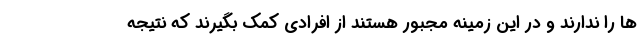
ها را ندارند و در این زمینه مجبور هستند از افرادی کمک بگیرند که نتیجه